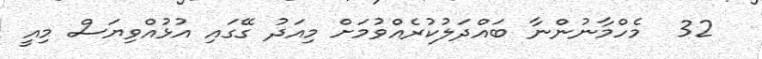
32  މެހްމާނުންނާ ބައްދަލުކުރެއްވުމަށް މިއަދު ގޭގައި އުޅުއްވިޔަސް މިއީ